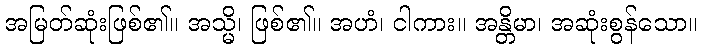
အမြတ်ဆုံးဖြစ်၏။ အသ္မိ၊ ဖြစ်၏။ အဟံ၊ ငါကား။ အန္တိမာ၊ အဆုံးစွန်သော။